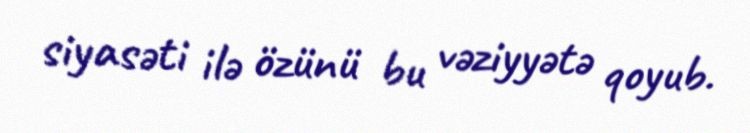
siyasəti ilə özünü bu vəziyyətə qoyub.